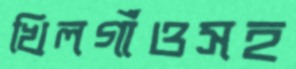
খিলগাঁওসহ